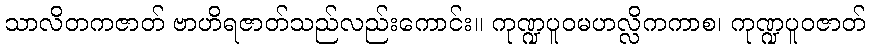
သာလိတကဇာတ် ဗာဟိရဇာတ်သည်လည်းကောင်း။ ကုဏ္ဍပူဝမဟလ္လိကကာစ၊ ကုဏ္ဍပူဝဇာတ်